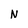
Character: N